Leaving Certificate Examination, 1923
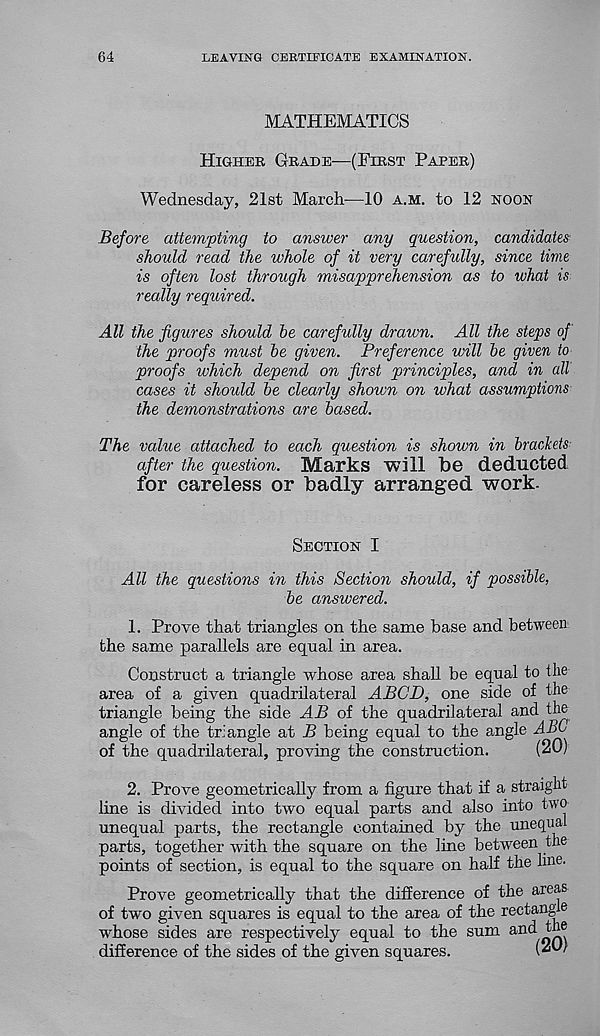
64
LEAVING CERTIFICATE EXAMINATION.
MATHEMATICS
Higher Grade—(First Paper)
Wednesday, 21st March—10 a.m. to 12 noon
Before attempting to answer any question, candidates
should read the whole of it very careftdly, since time
is often lost through misapprehension as to what is
really required.
All the figures should be carefully drawn. All the steps of
the proofs must be given. Preference will be given to
proofs which depend on first principles, and in all
cases it should be clearly shown on what assumptions
the demonstrations are based.
The value attached to each question is shown in brackets
after the question. Marks will be deducted
for careless or badly arranged work-
Section I
All the questions in this Section should, if possible,
be answered.
1. Prove that triangles on the same base and between
the same parallels are equal in area.
Construct a triangle whose area shall be equal to the
area of a given quadrilateral ABCD, one side of the
triangle being the side AB of the quadrilateral and the
angle of the triangle at B being equal to the angle ABC
of the quadrilateral, proving the construction.
(^C)
2. Prove geometrically from a figure that if a straight
line is divided into two equal parts and also into two
unequal parts, the rectangle contained by the unequal
parts, together with the square on the line between the
points of section, is equal to the square on half the line-
Prove geometrically that the difference of the areas
of two given squares is equal to the area of the rectangle
whose sides are respectively equal to the sum and the
difference of the sides of the given squares.